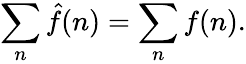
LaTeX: \sum_{n}{\hat{f}}(n)=\sum_{n}f(n).